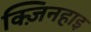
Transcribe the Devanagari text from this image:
क्ज़िनहाइ